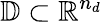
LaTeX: \mathbb{D}\subset\mathbb{R}^{n_{d}}